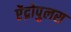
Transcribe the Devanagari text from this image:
ऐंद्रोपुलस